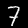
Digit: 7